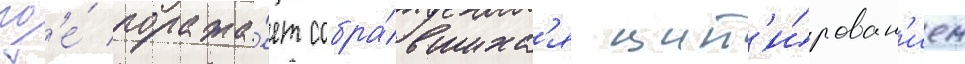
гд'е́ поража́ет собра́вшихс'я цит'и́рован'ием